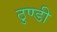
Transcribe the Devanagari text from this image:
ठुण्डी